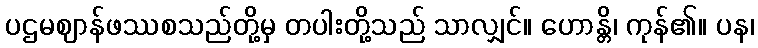
ပဌမဈာန်ဖဿစသည်တို့မှ တပါးတို့သည် သာလျှင်။ ဟောန္တိ၊ ကုန်၏။ ပန၊